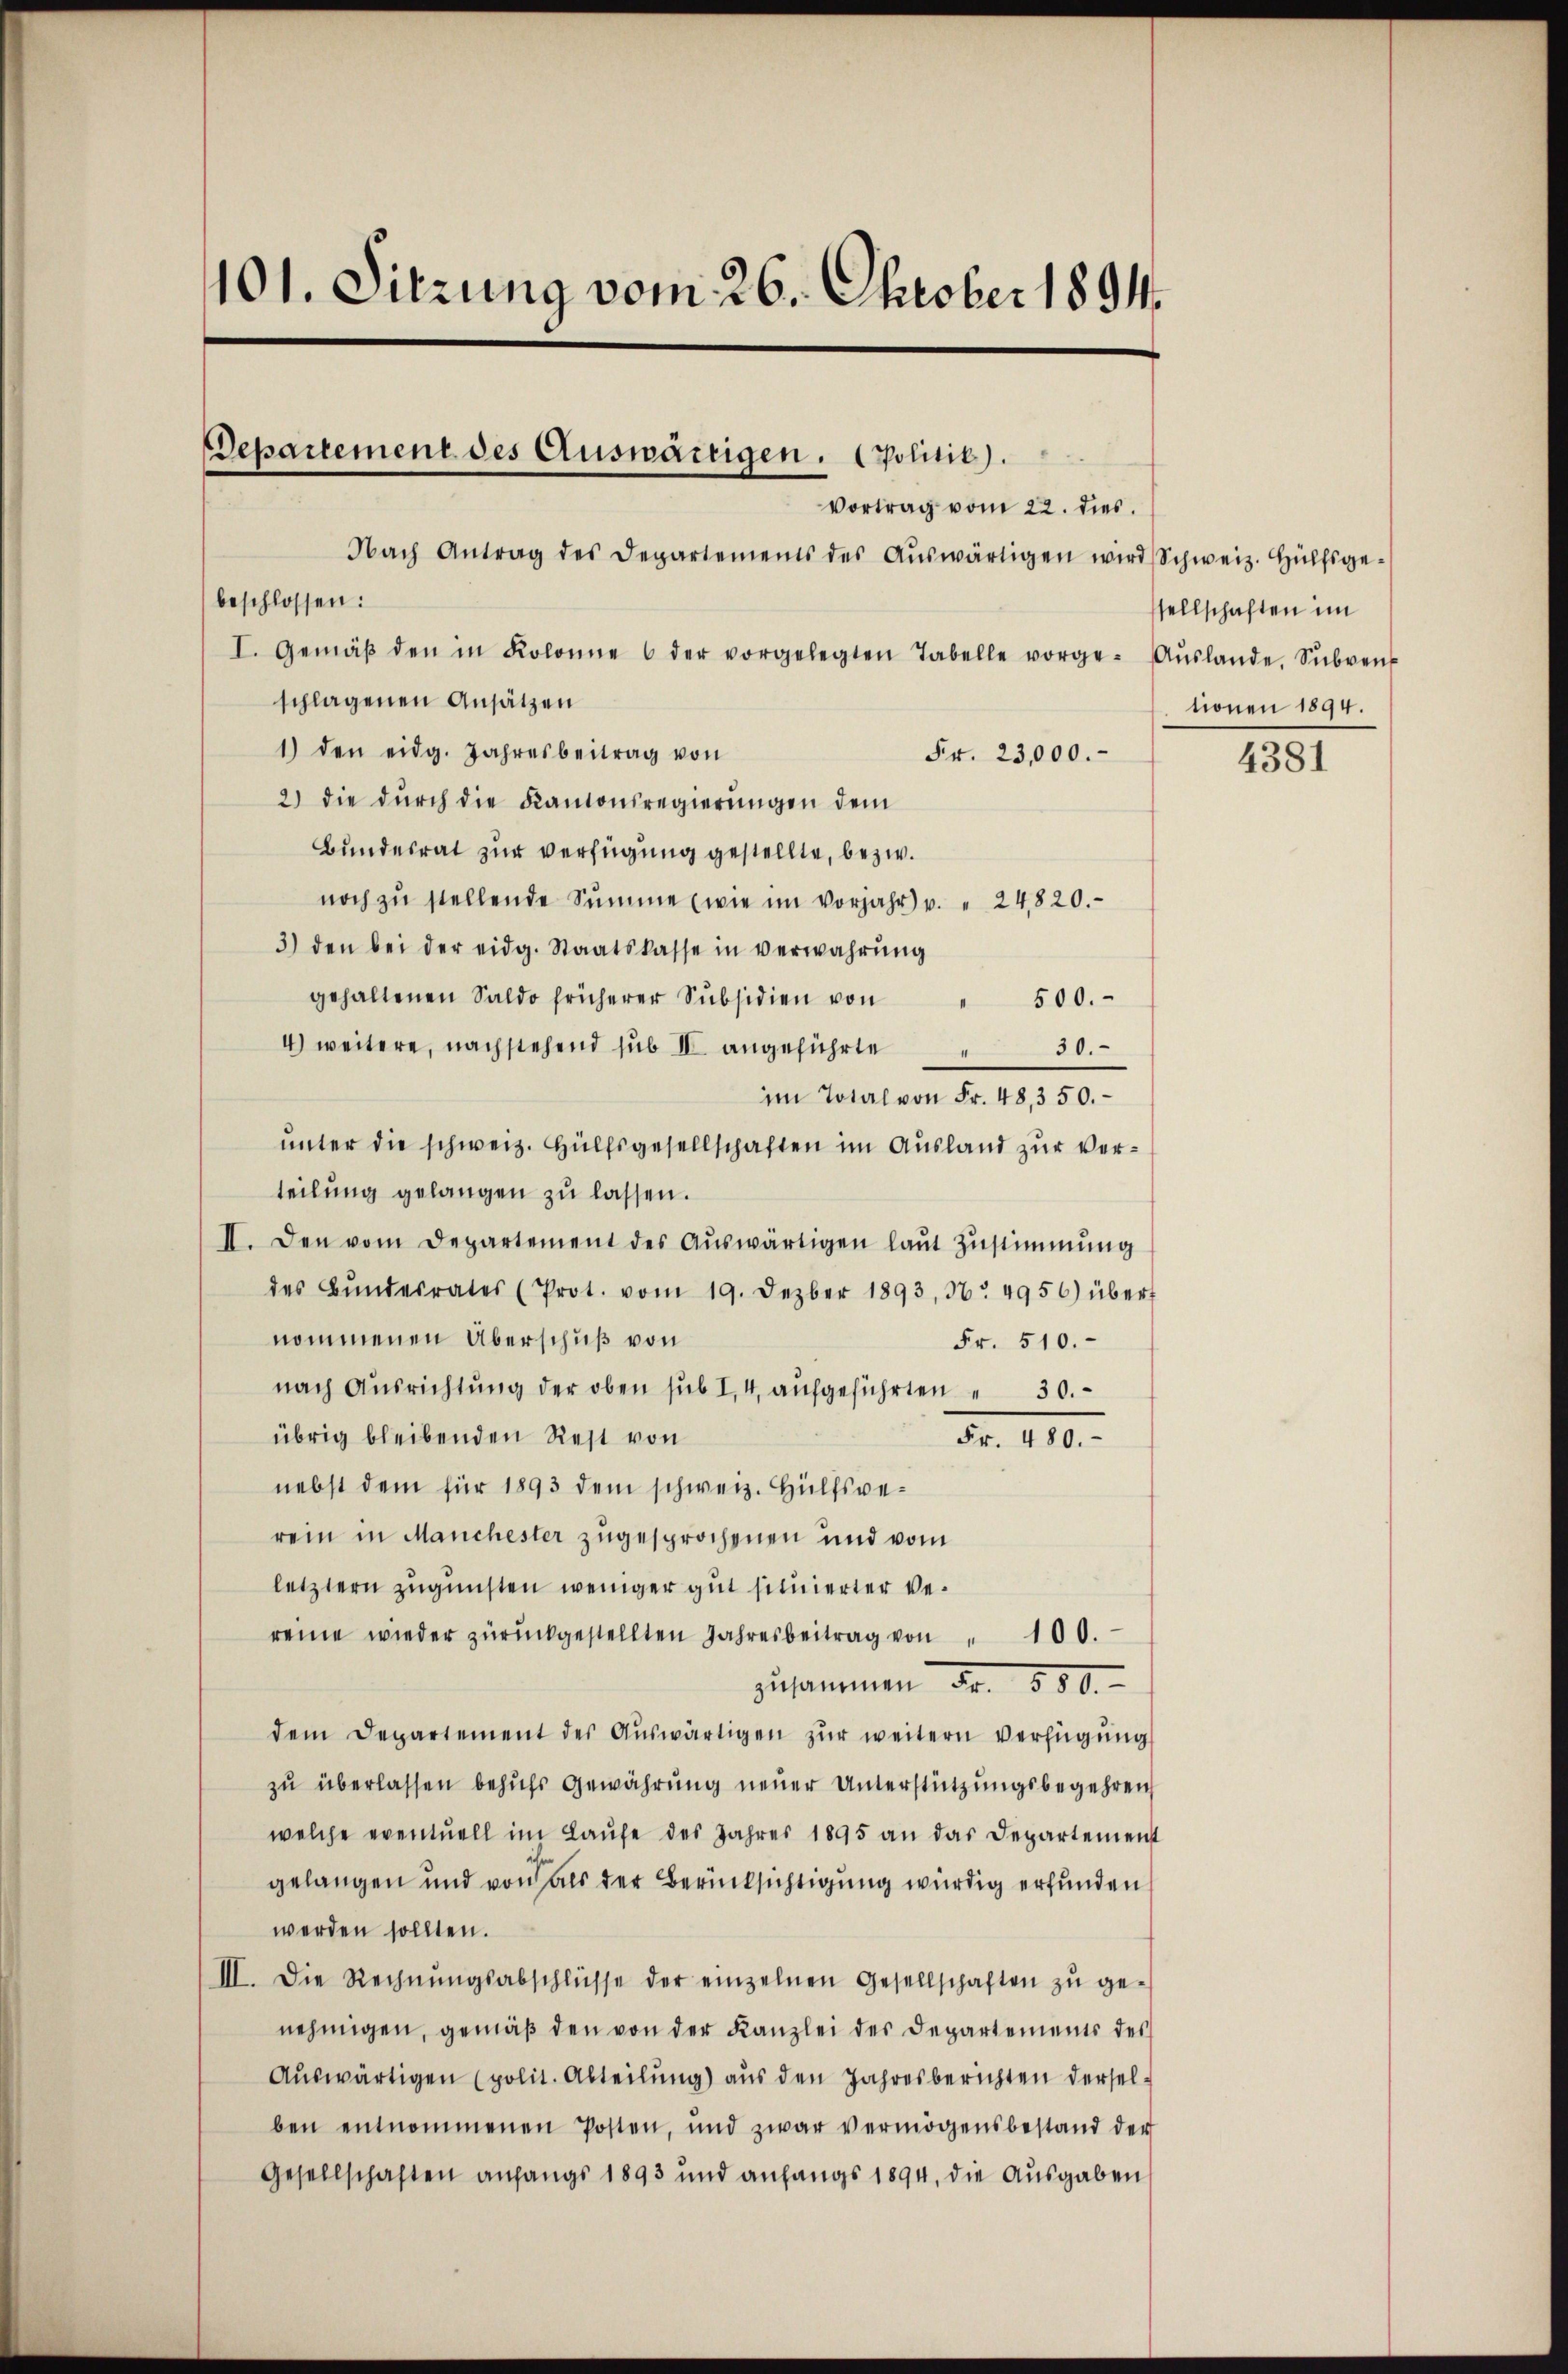
101. Sitzung vom 26. Oktober 1894.

Departement des Auswärtigen. politic).

Vortrag vom 22. dies
Nach Antrag des Departements des Aŭswärtigen wird Schweiz. Hülfsgebeschlossen:
I. Gemäβ den in Kolonne 6 der vorgelegten Tabelle vorge- Aŭslande Sŭbven
schlagenen Ansätzen
1) den eidg. Jahresbeitrag von
Fr. 23,000.
2) die dŭrch die Kantonsregierŭngen dem
Bundesrat zur verfügung gestellte, bezw.
noch zŭ stellende Summe (wie im vorjahr u. " 24820.
3) den bei der eidg. Staatskasse in verwahrŭng
gehaltenen Saldo früherer Subsidien von " 500.
4) weitere, nachstehend sub IV angeführte
30.
im Total von Fr. 48,350.
unter die schweiz. Hülfsgesellschaften im Ausland zur Verteilung gelangen zu lassen.
II. Den vom Departement des Aŭswärtigen laŭt Zŭstimmung
des Bŭndesrates (Prot. vom 19. Dezber 1893, 36. 4956) übert
nommenen Überschuß von
Fr. 510.
nach Ausrichtŭng der oben sub I, 4. aŭfgeführten 30.
übrig bleibenden Rest von
Fr. 480.
nebst dem für 1893 dem schweiz. Hülfsverein in Manchester zugesprochenen und vom
letztern zugunsten weniger gut situierter Ver
reine wieder zŭrückgestellten Jahresbeitrag von " 100.
zusammen Fr. 800.
dem Departement des Aŭswärtigen zŭr weitern Verfügŭng
zu überlassen behufs Gewährung neuer Unterstützungsbegehren
welche eventuell im Laŭfe des Jahres 1895 an das Departement
gelangen und von als der Berücksichtigung würdig erfunden
werden sollten.
III. Die Rechnŭngsabschlüsse der einzelnen Gesellschaften zŭ ge-
nehmigen, gemäβ den von der Kanzlei der Departements des
Auswärtigen (polit. Abteilung) aus den Jahresberichten derselben entnommenen Posten, und zwar vermögensbestand der
Gesellschaften anfangs 1893 und anfangs 1894, die Ausgaben

sellschaften im
nonen 1894.

4381